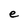
Character: e